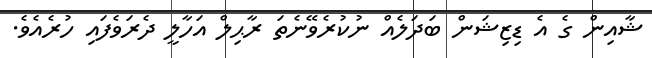
ޝާއިން ގެ އެ ޑިޒިޝަން ބަދަލެއް ނުކުރެވޭނެތަ ރާޙިލް އަހާލީ ދެރަވެފައި ހުރެއެވެ.